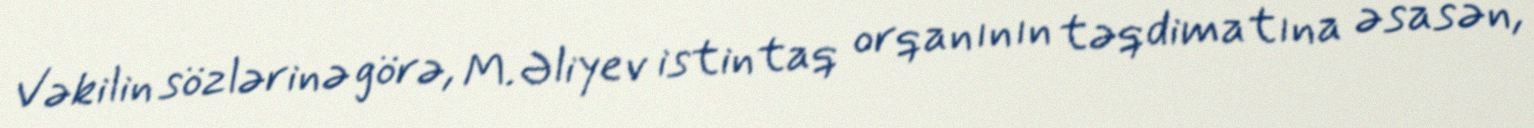
Vəkilin sözlərinə görə, M. Əliyev istintaq orqanının təqdimatına əsasən,